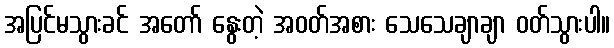
အပြင်မသွားခင် အတော် နွေးတဲ့ အဝတ်အစား သေသေချာချာ ဝတ်သွားပါ။